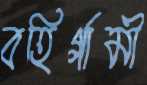
বহির্গামী